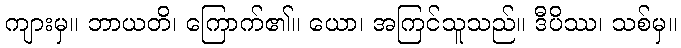
ကျားမှ။ ဘာယတိ၊ ကြောက်၏။ ယော၊ အကြင်သူသည်။ ဒီပိဿ၊ သစ်မှ။